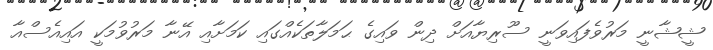
ޝީޝާނީ މަރުވެފައިވަނީ ސޫރިޔާއަށް ދިން ވައިގެ ޙަމަލާތަކެއްގައި ކަމަށާއި އޭނާ މަރުވުމަކީ އައިއެސްއާ